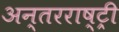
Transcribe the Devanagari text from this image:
अन्तरराष्ट्री